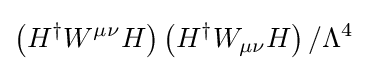
\left(H^{\dagger }W^{\mu \nu }H\right)\left(H^{\dagger }W_{\mu \nu }H\right)/\Lambda ^{4}